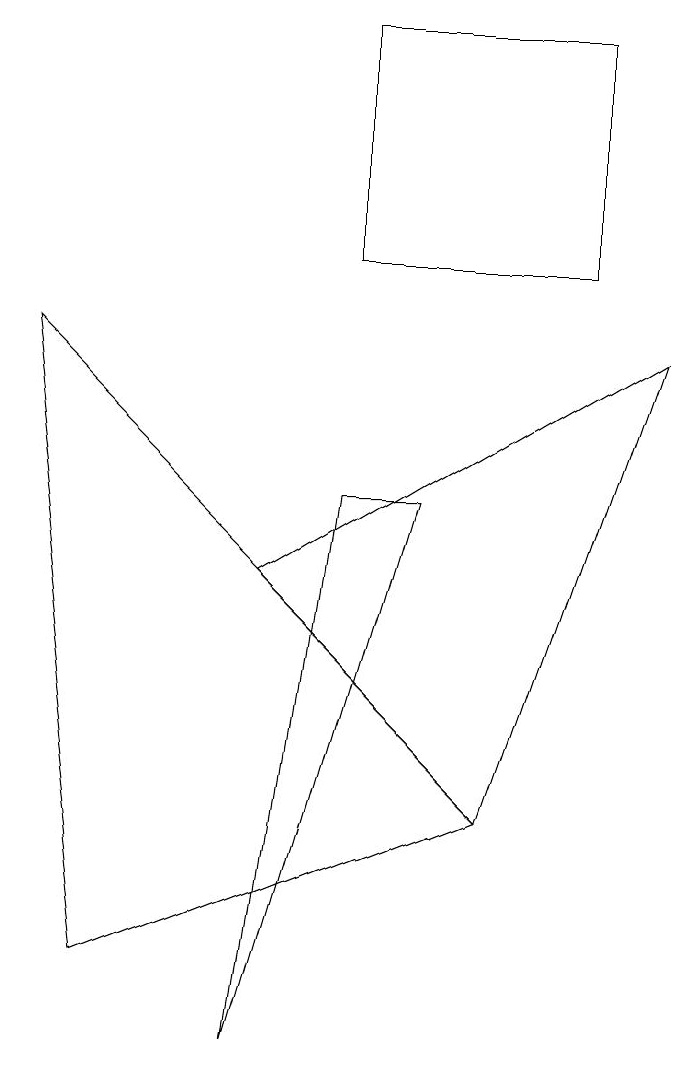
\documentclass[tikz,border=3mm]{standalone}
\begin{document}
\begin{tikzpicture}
\draw (6,3) -- (1,1) -- (0,9) -- cycle;
\draw (4,13) rectangle (7,10);
\draw (3,0) -- (5,7) -- (4,7) -- cycle;
\draw (8,9) -- (3,6) -- (6,3) -- cycle;
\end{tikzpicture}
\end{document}